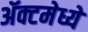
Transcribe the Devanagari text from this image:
ॲक्टमेध्ये